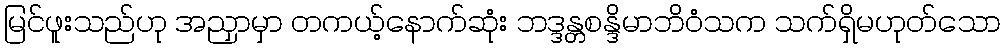
မြင်ဖူးသည်ဟု အညှာမှာ တကယ့်နောက်ဆုံး ဘဒ္ဒန္တစန္ဒိမာဘိဝံသက သက်ရှိမဟုတ်သော